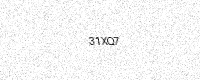
Text: 31XQ7